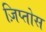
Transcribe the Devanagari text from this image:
ज़िप्तोस